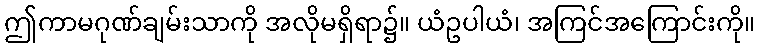
ဤကာမဂုဏ်ချမ်းသာကို အလိုမရှိရာ၌။ ယံဥပါယံ၊ အကြင်အကြောင်းကို။